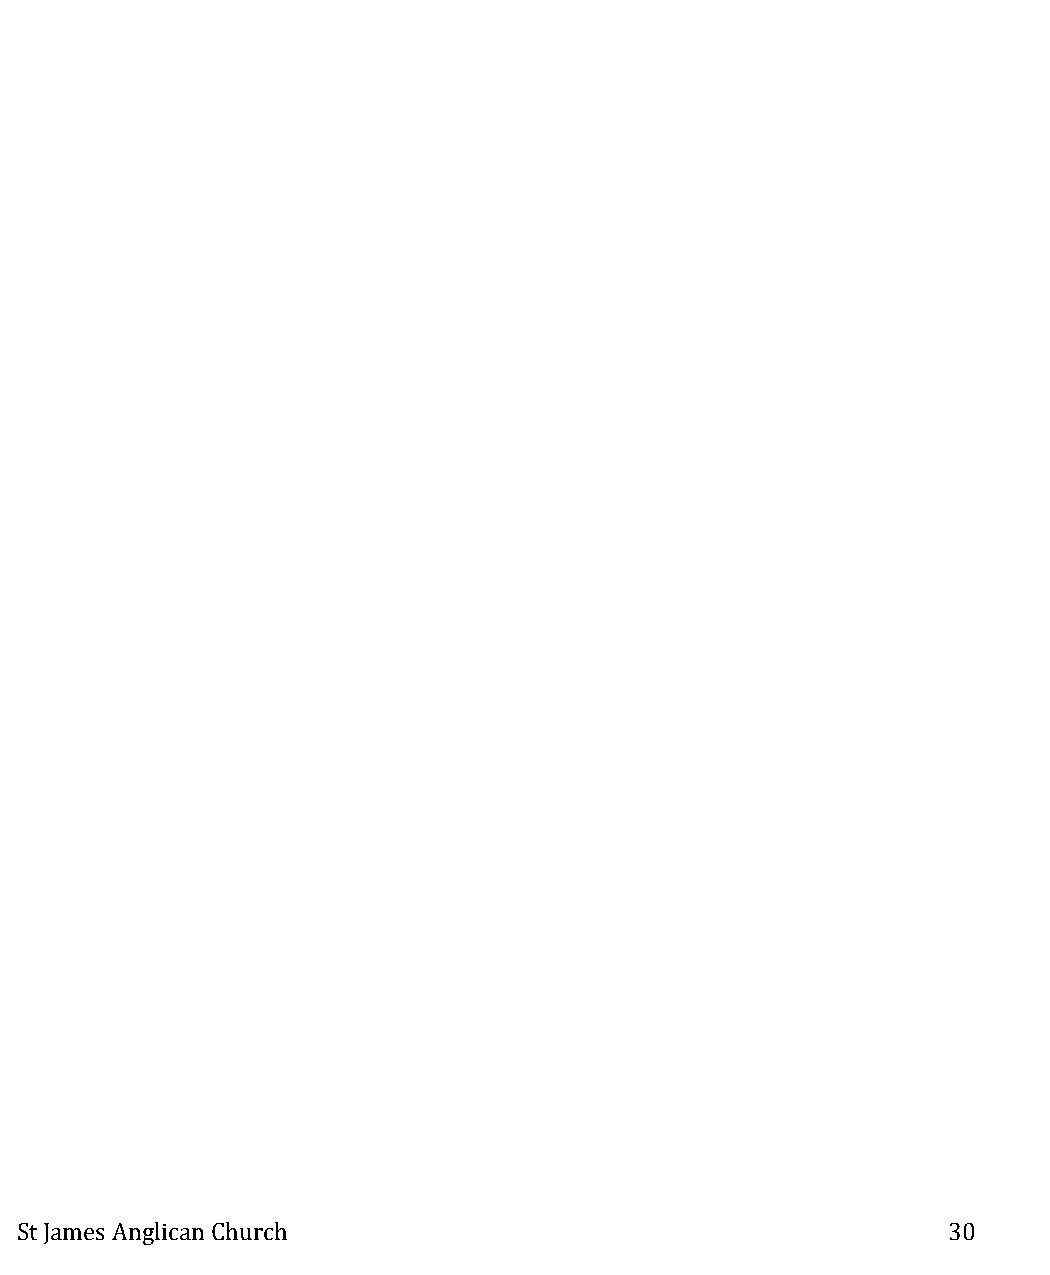
St James Anglican Church                                      30